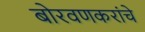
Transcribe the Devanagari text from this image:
बोरवणकरांचे